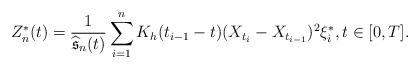
LaTeX: \begin{align*}Z_n^*(t)=\frac{1}{\widehat{\mathfrak{s}}_n(t)}\sum_{i=1}^nK_h(t_{i-1}-t)(X_{t_{i}}-X_{t_{i-1}})^2\xi_i^*,t\in[0,T].\end{align*}